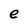
Character: e